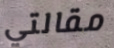
مقالتي